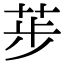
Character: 荹